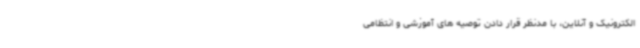
الکترونیک و آنلاین، با مدنظر قرار دادن توصیه های آموزشی و انتظامی